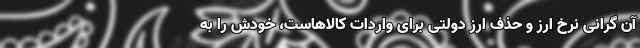
آن گرانی نرخ ارز و حذف ارز دولتی برای واردات کالاهاست، خودش را به